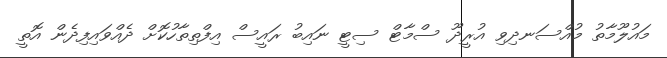
މައުލޫމާތު މުއްސަނދިވި އުރީދޫ ސްމާޓް ސިޓީ ނައިބު ރައީސް އިފްތިތާހުކޮށް ދެއްވައިފިދެން އޮތީ